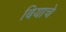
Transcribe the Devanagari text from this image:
बियाचे